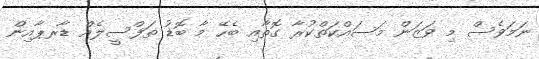
ނަމަވެސް މި ވަޒަން މަސައްކަތްކުރާ ގޮތާއި ބެހޭ މާ ބޮޑު ތަފްސީލެއް ޑާރޕާއިން